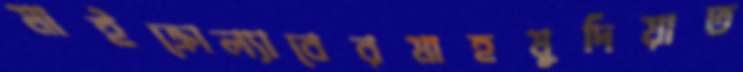
মাইক্রোল্যাবেরমাহমুদিয়াত